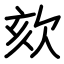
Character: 欬